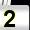
Digit: 2